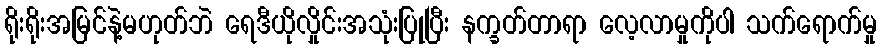
ရိုးရိုးအမြင်နဲ့မဟုတ်ဘဲ ရေဒီယိုလှိုင်းအသုံးပြုပြီး နက္ခတ်တာရာ လေ့လာမှုကိုပါ သက်ရောက်မှု